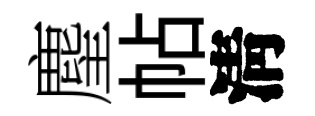
麈帖淸